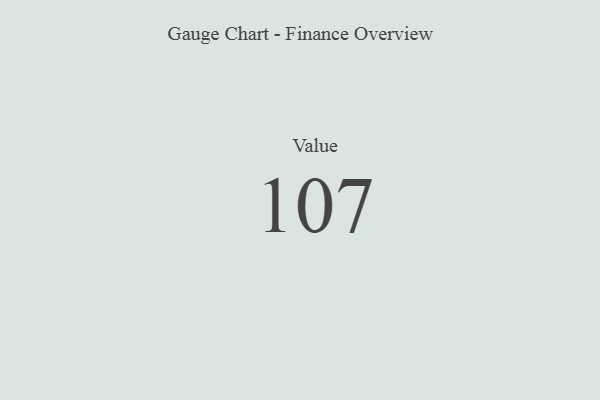
{"axis": {"x": "Metric", "y": "Value"}, "legend": [""], "data": [{"x": "Value", "y": 107, "type": ""}]}